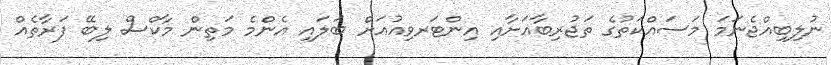
ނުލިބިއްޖެނަމަ މަސައްކަތުގެ ތަޖުރިބާއަށާއި އިންޓަރވިއުއަށް ބަލައިި އެންމެ މަތިން މާކްސް ލިބޭ ފަރާތެއް